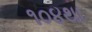
૧૦૪થા